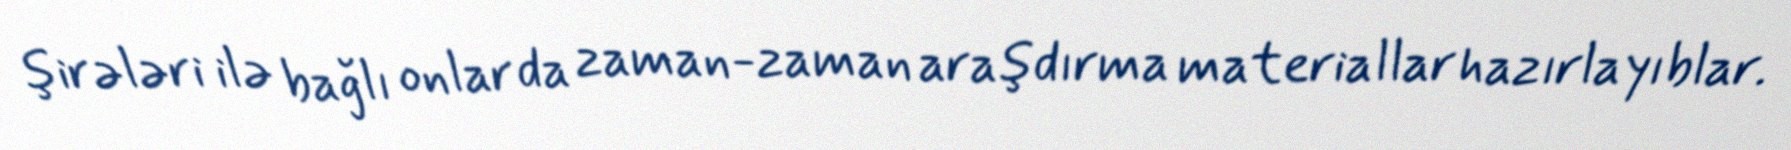
şirələri ilə bağlı onlar da zaman-zaman araşdırma materiallar hazırlayıblar.